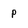
Character: p